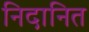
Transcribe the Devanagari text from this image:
निदानित